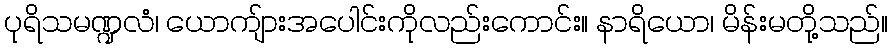
ပုရိသမဏ္ဍလံ၊ ယောကျ်ားအပေါင်းကိုလည်းကောင်း။ နာရိယော၊ မိန်းမတို့သည်။